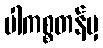
ပါကစ္စတန်မှ